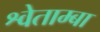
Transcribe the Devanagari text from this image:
श्वेताम्बा